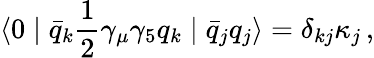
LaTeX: \langle 0\mid\bar{q}_{k}{\frac{1}{2}}\gamma_{\mu}\gamma_{5}q_{k}\mid\bar{q}_{j}q_{j}\rangle=\delta_{kj}\kappa_{j}\, ,